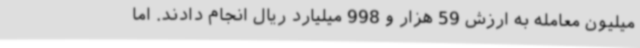
میلیون معامله به ارزش 59 هزار و 998 میلیارد ریال انجام دادند. اما